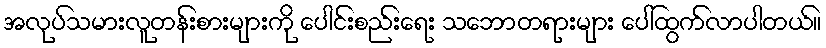
အလုပ်သမားလူတန်းစားများကို ပေါင်းစည်းရေး သဘောတရားများ ပေါ်ထွက်လာပါတယ်။